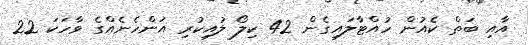
އާއި ބަތް ކެއުން ހުއްޓާލައިގެން 42 ކިލޯ ލުއިކުރި އަންހެނެއްގެ ވާހަކަ 22